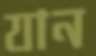
যান